Standards of the constituents of the urine and blood and the bearing of the metabolism of Bengalis on the problems of nutrition - Number 34
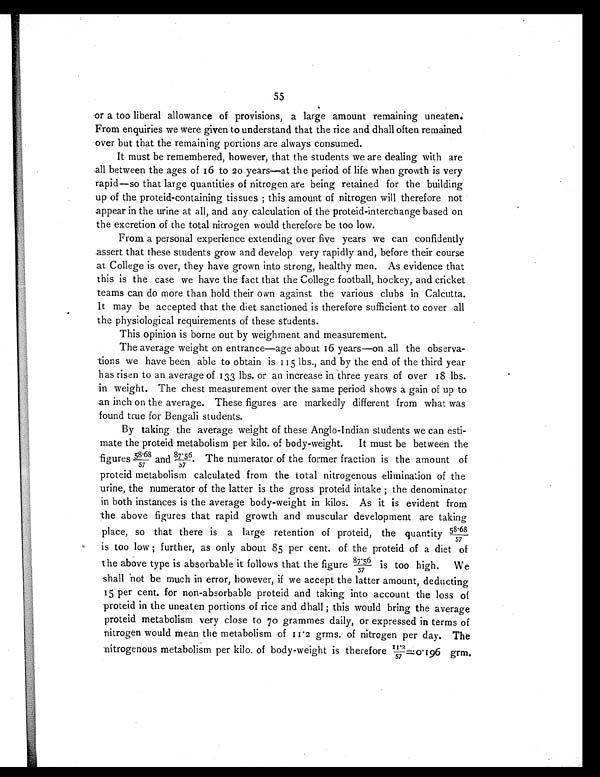
55
or a too liberal allowance of provisions, a large amount remaining uneaten.
From enquiries we were given to understand that the rice and dhall often remained
over but that the remaining portions are always consumed.
It must be remembered, however, that the students we are dealing with are
all between the ages of 16 to 20 years—at the period of life when growth is very
rapid—so that large quantities of nitrogen are being retained for the building
up of the proteid-containing tissues ; this amount of nitrogen will therefore not
appear in the urine at all, and any calculation of the proteid-interchange based on
the excretion of the total nitrogen would therefore be too low.
From a personal experience extending over five years we can confidently
assert that these students grow and develop very rapidly and, before their course
at College is over, they have grown into strong, healthy men. As evidence that
this is the case we have the fact that the College football, hockey, and cricket
teams can do more than hold their own against the various clubs in Calcutta.
It may be accepted that the diet sanctioned is therefore sufficient to cover all
the physiological requirements of these students.
This opinion is borne out by weighment and measurement.
The average weight on entrance—age about 16 years—on all the observa-
tions we have been able to obtain is 115 lbs., and by the end of the third year
has risen to an average of 133 lbs. or an increase in three years of over 18 lbs.
in weight. The chest measurement over the same period shows a gain of up to
an inch on the average. These figures are markedly different from what was
found true for Bengali students.
By taking the average weight of these Anglo-Indian students we can esti-
mate the proteid metabolism per kilo. of body-weight.
It must be between the
figures 58.68/57 and 87.56/ 57 The numerator of the former fraction is the amount of
proteid metabolism calculated from the total nitrogenous elimination of the
urine, the numerator of the latter is the gross proteid intake ; the denominator
in both instances is the average body-weight in kilos. As it is evident from
the above figures that rapid growth and muscular development are taking
place, so that there is a large retention of proteid, the quantity 58.68
/ 5 7 i s t o o l o w ; f u r t h e r , a s o n l y a b o u t 8 5 p e r c e n t . o f t h e p r o t e i d o f a d i e t o f
the above type is absorbable it follows that the figure 87.56/57 is too high. We
shall not be much in error, however, if we accept the latter amount, deducting
15 per cent. for non-absorbable proteid and taking into account the loss of
proteid in the uneaten portions of rice and dhall ; this would bring the average
proteid metabolism very close to 70 grammes daily, or expressed in terms of
nitrogen would mean the metabolism of 11.2 grms. of nitrogen per day. The
nitrogenous metabolism per kilo. of body-weight is therefore 11.2/57=0.196 grm.